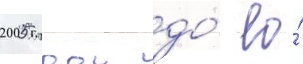
2005 году до́ ео́